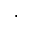
\cdot